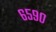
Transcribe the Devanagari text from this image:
६५९०